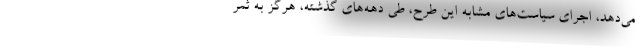
می‌دهد، اجرای سیاست‌های مشابه این طرح، طی دهه‌های گذشته، هرگز به ثمر